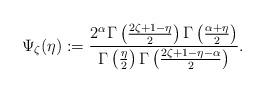
LaTeX: \begin{align*} \Psi_\zeta(\eta) := \frac{2^\alpha\Gamma\left(\frac{2\zeta+1-\eta}{2}\right)\Gamma\left(\frac{\alpha+\eta}{2}\right)}{\Gamma\left(\frac{\eta}{2}\right)\Gamma\left(\frac{2\zeta+1-\eta-\alpha}{2}\right)}. \end{align*}